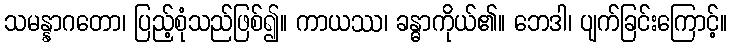
သမန္နာဂတော၊ ပြည့်စုံသည်ဖြစ်၍။ ကာယဿ၊ ခန္ဓာကိုယ်၏။ ဘေဒါ၊ ပျက်ခြင်းကြောင့်။